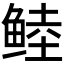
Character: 𱇶